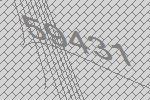
59431